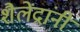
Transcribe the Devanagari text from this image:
शैलेंद्रांनी